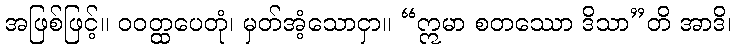
အဖြစ်ဖြင့်။ ဝဝတ္ထပေတုံ၊ မှတ်အံ့သောငှာ။ “ဣမာ စတဿော ဒိသာ”တိ အာဒိ၊